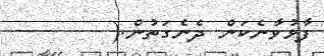
ފާޅުވާނެކަން ދެނެގަތުން.(